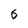
Character: 6